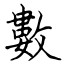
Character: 數